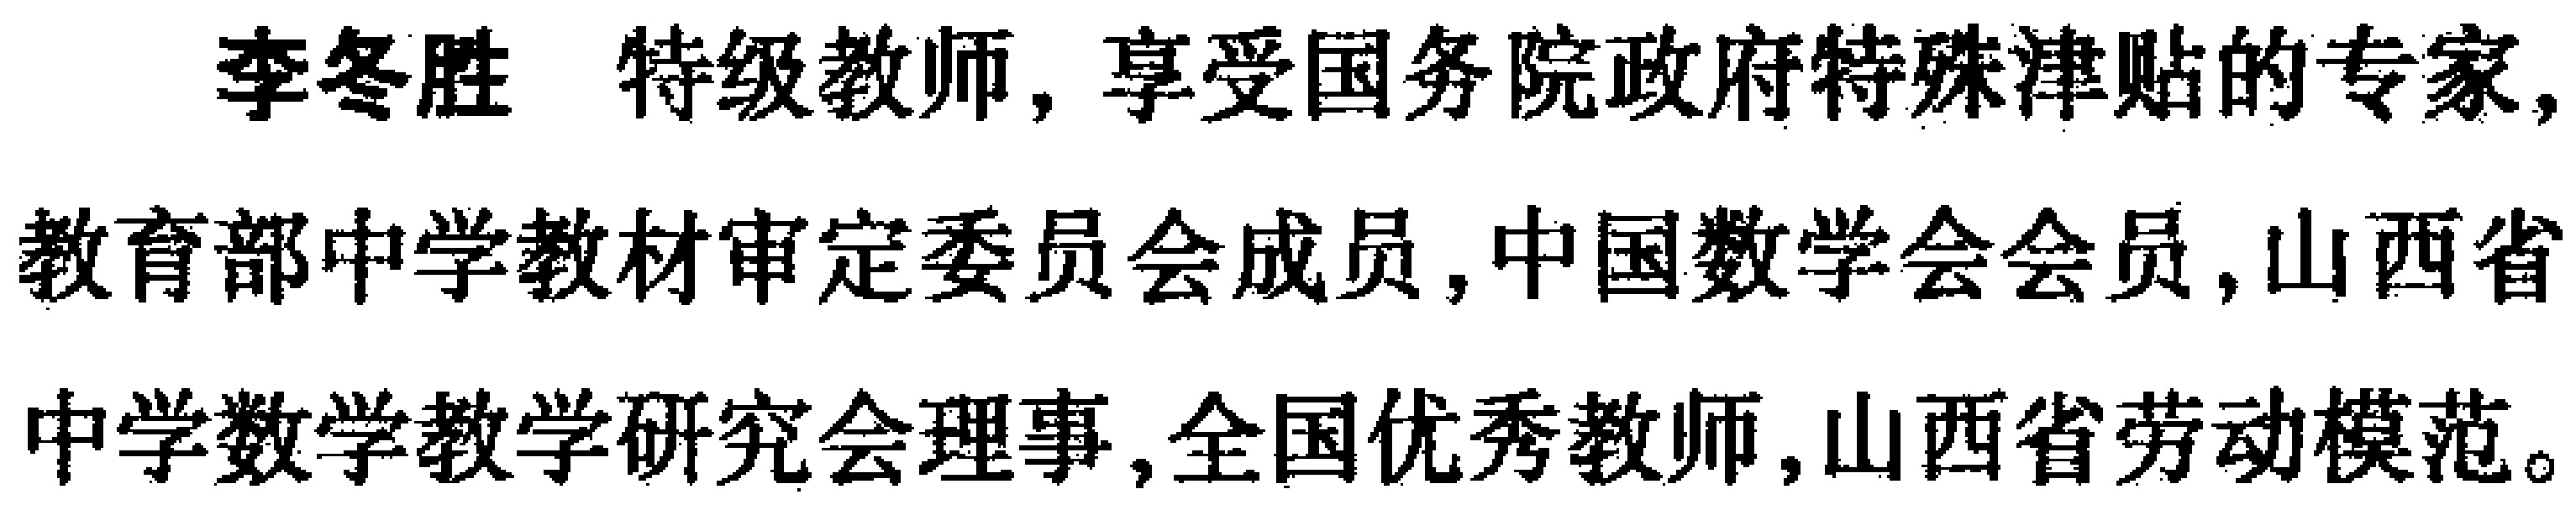
李冬胜 特级教师，享受国务院政府特殊津贴的专家，教育部中学教材审定委员会成员，中国数学会会员，山西省中学数学教学研究会理事，全国优秀教师，山西省劳动模范。